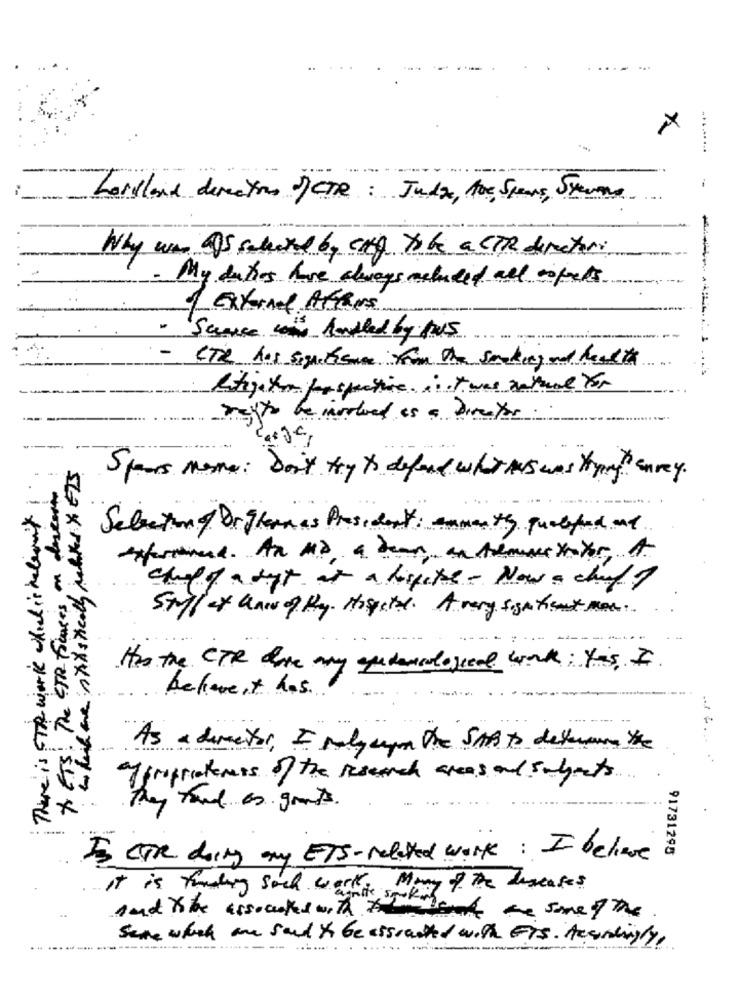
×
.........
Lorsland direction of CTR : Judge, noe, Stens, Sterne
Why was as selected by cach to be a CTR director
My duties have always mcluded all aspects
of Externe ATENE
CTOR his signatasame from the smoking and health
litigation perspective. i. it was antune Yor
regto be involved is a Director
Spears meme: Don't try to defend what ANS was trying Enney.
TOETS! The STR Focuses on descarin
There is STR work chilis habeant
Selection of or ghan as President : aumenty quotapad me
cheff att at a beste - Nowa chuff
Stuff of anw of Phy. Hospital. A very sign that man.
Has the CTR dare any ayudancological work: yes, I
behave + has
As a dementor, I poly cyon the SAB To determine the
appropriateness of the Research areas and subjects
they tout as gants.
91731295
Is CTR doing any ETS- related work: I believe
It is funding sock work. Many of the diseases
And ribe associated with this
the spotment are smet the
Serve with me said to be assiated with EIS. Accordingly,